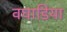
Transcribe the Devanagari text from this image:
वघाडिया